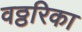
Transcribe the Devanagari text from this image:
वठ्ठरिका